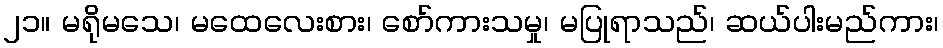
၂၁။ မရိုမသေ၊ မထေလေးစား၊ စော်ကားသမှု၊ မပြုရာသည်၊ ဆယ်ပါးမည်ကား၊